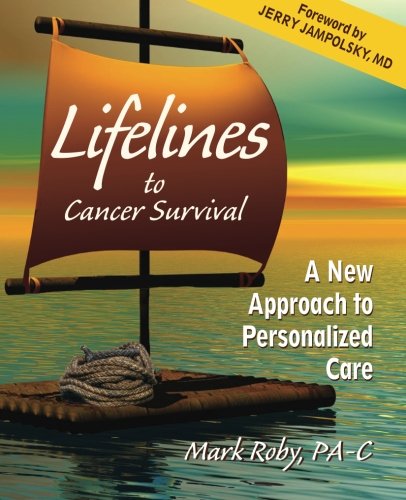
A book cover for Lifelines to Cancer Survival: A New Approach to Personalized Care; Mark A Roby; Cookbooks, Food & Wine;